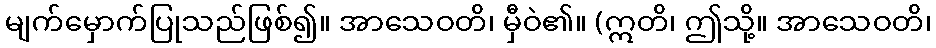
မျက်မှောက်ပြုသည်ဖြစ်၍။ အာသေဝတိ၊ မှီဝဲ၏။ (ဣတိ၊ ဤသို့။ အာသေဝတိ၊